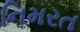
નિમરત